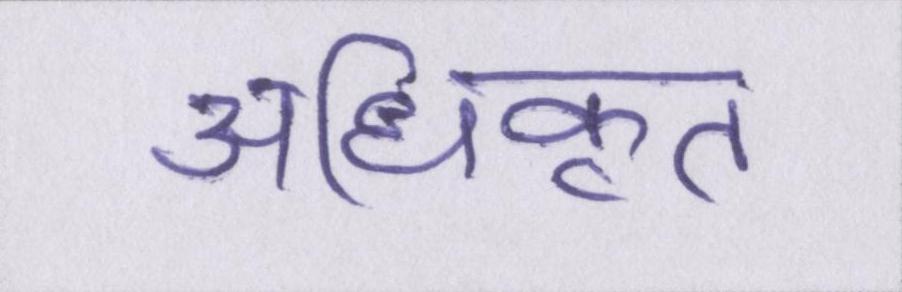
अधिकृत